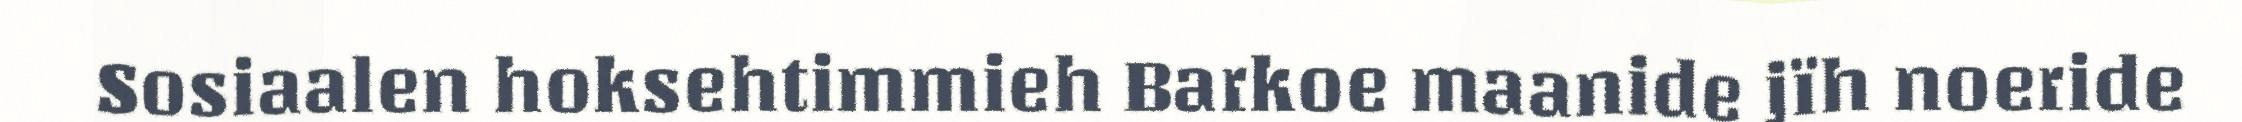
Sosiaalen hoksehtimmieh Barkoe maanide jïh noeride